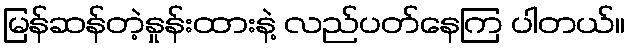
မြန်ဆန်တဲ့နှုန်းထားနဲ့ လည်ပတ်နေကြ ပါတယ်။